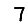
Digit: 7